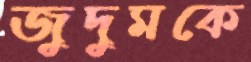
জুদুমকে